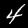
Digit: 4